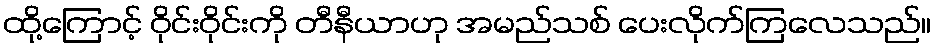
ထို့ကြောင့် ဝိုင်းဝိုင်းကို တီနီယာဟု အမည်သစ် ပေးလိုက်ကြလေသည်။